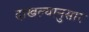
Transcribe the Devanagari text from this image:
दाखल्यानुसार